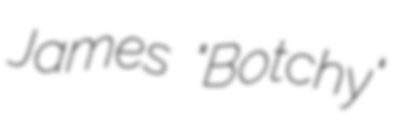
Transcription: James "Botchy"